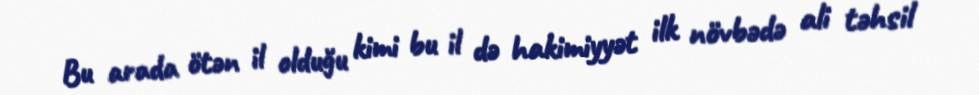
Bu arada ötən il olduğu kimi bu il də hakimiyyət ilk növbədə ali təhsil